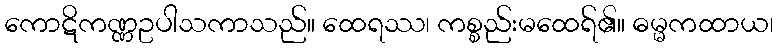
ကောဋိကဏ္ဏဥပါသကာသည်။ ထေရဿ၊ ကစ္စည်းမထေရ်၏။ ဓမ္မကထာယ၊